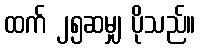
ထက် ၂၅ဆမျှ ပိုသည်။